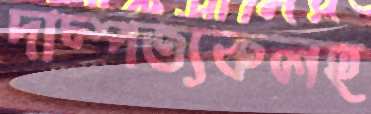
দাম্পত্যকলহ